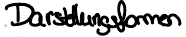
Darstellungsformen